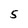
Character: 5